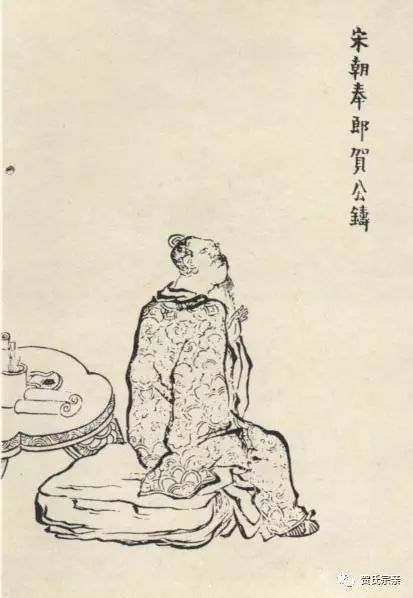
少小离家老大回，乡音无改鬓毛衰。